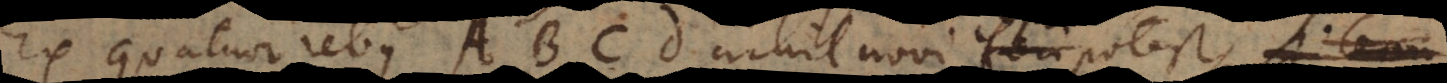
Ex quatuor rebus A, B, C, D nihil novi fieri potest, si